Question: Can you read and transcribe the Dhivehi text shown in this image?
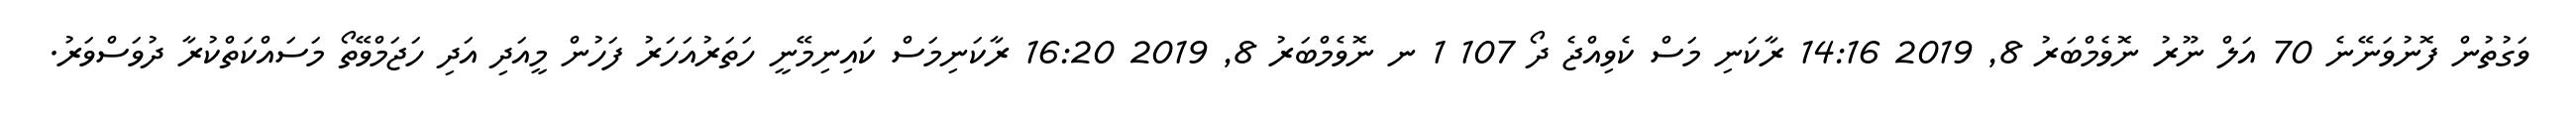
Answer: ވަގުތުން ފޮނުވަނޭނެ 70 އަލް ނޫރު ނޮވެމްބަރު 8, 2019 14:16 ރާކަނި މަސް ކެވިއްޖެ ދޯ 107 1 ނ ނޮވެމްބަރު 8, 2019 16:20 ރާކަނިމަސް ކައިނިމޭނީ ހަތަރުއަހަރު ފަހުން މީއަދި އަދި ހަޖަމްވޭތޯ މަސައްކަތްކުރާ ދުވަސްވަރު.